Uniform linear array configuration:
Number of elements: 8
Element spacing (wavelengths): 1
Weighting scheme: hann
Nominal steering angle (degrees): -45
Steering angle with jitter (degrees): -45.075
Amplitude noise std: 0.05
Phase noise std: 0.05

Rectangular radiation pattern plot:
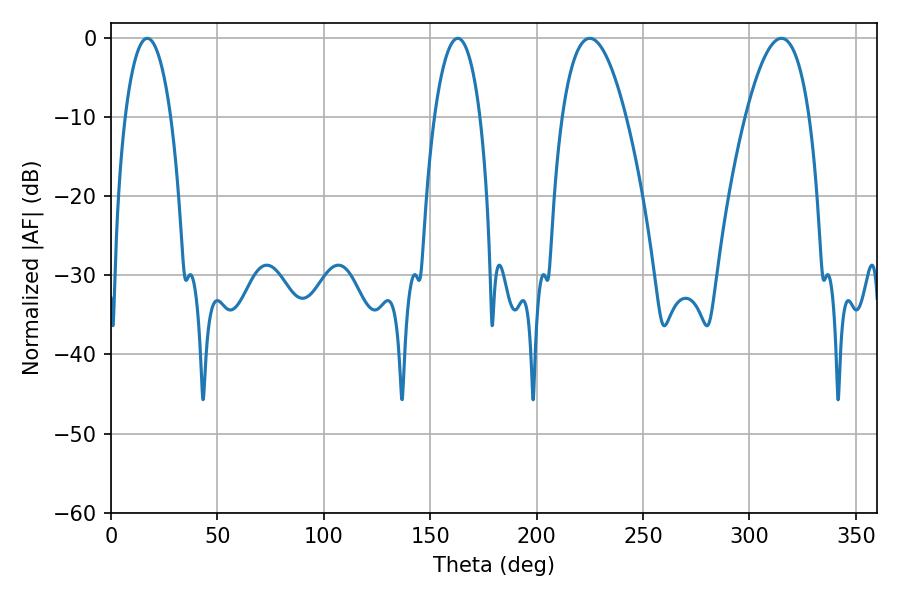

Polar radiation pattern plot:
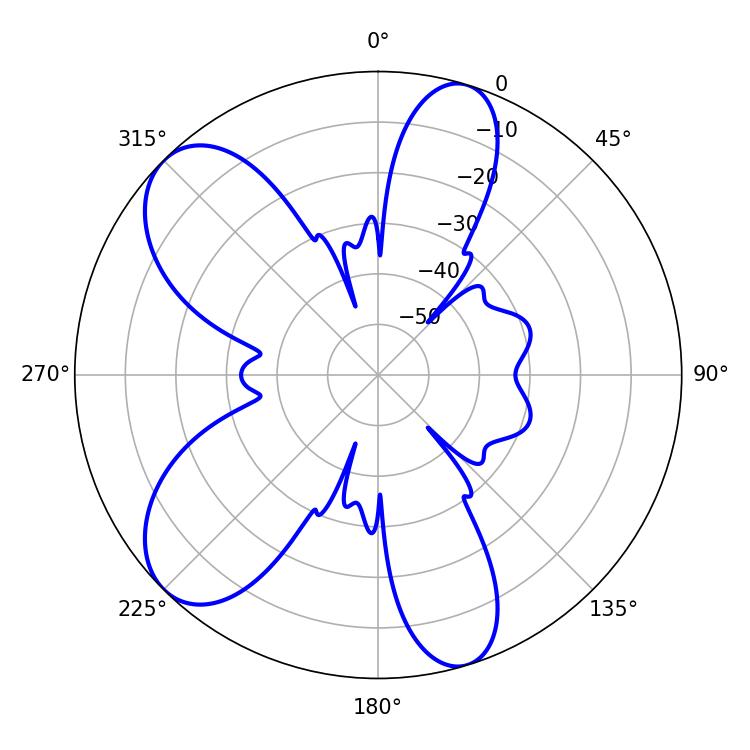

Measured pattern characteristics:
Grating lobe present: TRUE
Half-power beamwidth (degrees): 16.56
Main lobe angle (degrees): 225